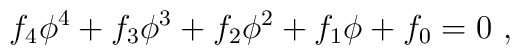
f_4\phi^4+f_3\phi^3+f_2\phi^2+f_1\phi+f_0=0\ ,